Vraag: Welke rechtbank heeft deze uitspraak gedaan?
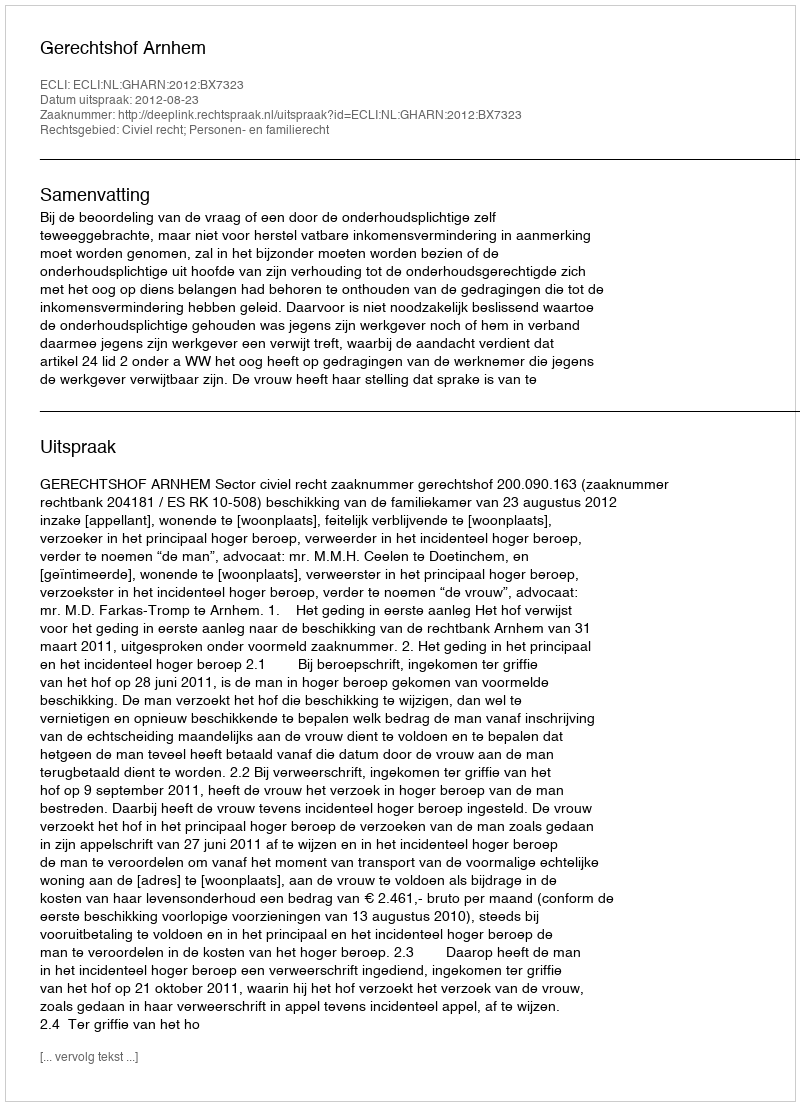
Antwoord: Gerechtshof Arnhem